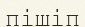
пішіп